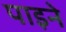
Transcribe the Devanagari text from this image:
पाइने